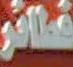
فائر